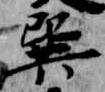
巽